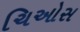
ચિઓસ